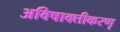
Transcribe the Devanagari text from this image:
अविषाक्तीकरणृ